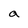
Character: a